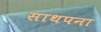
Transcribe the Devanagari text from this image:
साथपना